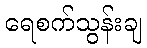
ရေစက်သွန်းချ